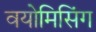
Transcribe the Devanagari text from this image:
वयोमिसिंग